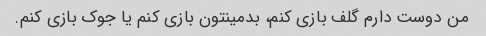
من دوست دارم گلف بازی کنم، بدمینتون بازی کنم یا جوک بازی کنم.